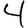
Digit: 4